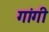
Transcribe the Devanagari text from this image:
गांगी